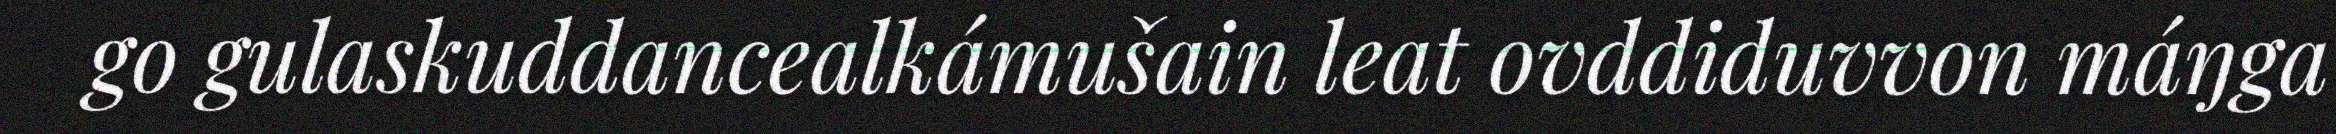
go gulaskuddancealkámušain leat ovddiduvvon máŋga